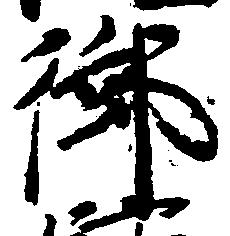
御